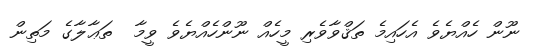
ނޫން ހެއްޔެވެ އެހައިމެ ތަޤްވާވެރި މީހެއް ނޫންހެއްޔެވެ ވީމާ  ތަޢާލާގެ މަތިން